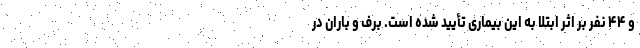
و ۴۴ نفر بر اثر ابتلا به این بیماری تأیید شده است. برف و باران در